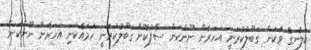
ކަލާނގެ ވާކަން ގަބޫލުކުރަނީ އަހަރެން ނޫންކަން ސާފުކޮށް ގަބޫލުކުރަނީ ހަމައެކަނި އަހަރެން ނޫންކަން